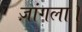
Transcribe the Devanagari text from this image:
ज़ांगला।